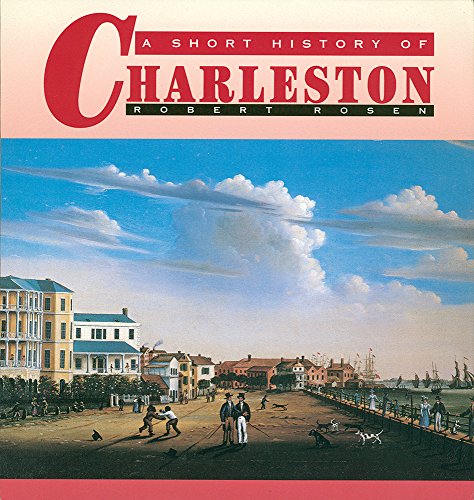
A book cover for A Short History of Charleston; Robert N. Rosen; Travel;